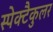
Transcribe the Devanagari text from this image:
स्पेक्टैकुलर